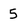
Character: 5